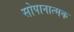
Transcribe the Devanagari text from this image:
सोपानात्मक